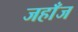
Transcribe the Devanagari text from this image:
जहाँज